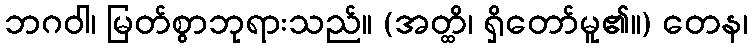
ဘဂဝါ၊ မြတ်စွာဘုရားသည်။ (အတ္ထိ၊ ရှိတော်မူ၏။) တေန၊